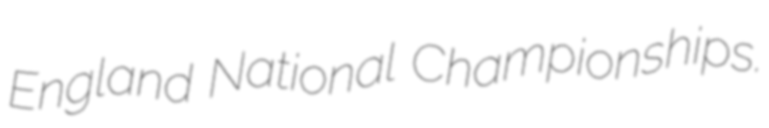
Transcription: England National Championships.